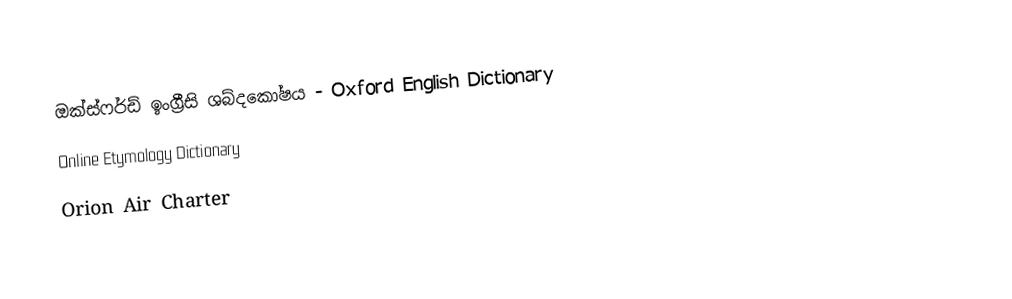
ඔක්ස්ෆර්ඩ් ඉංග්‍රීසි ශබ්දකෝෂය - Oxford English Dictionary
 Online Etymology Dictionary
 Orion Air Charter